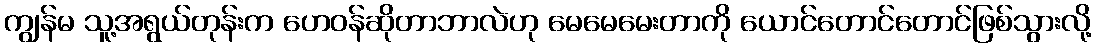
ကျွန်မ သူ့အရွယ်တုန်းက ဟေဝန်ဆိုတာဘာလဲဟု မေမေမေးတာကို ယောင်တောင်တောင်ဖြစ်သွားလို့